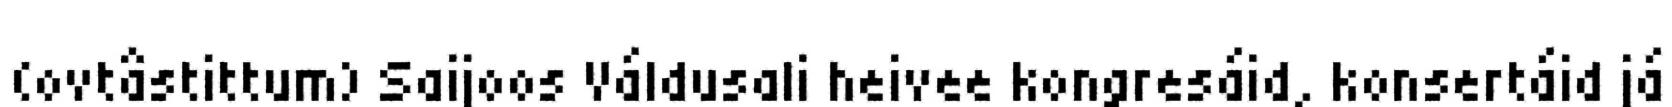
(ovtâstittum) Saijoos Váldusali heivee kongresáid, konsertáid já